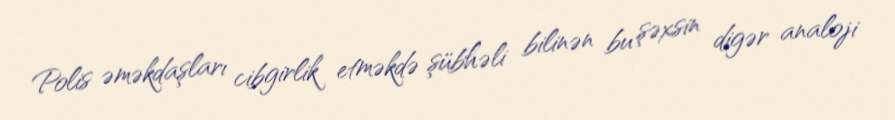
Polis əməkdaşları cibgirlik etməkdə şübhəli bilinən bu şəxsin digər analoji